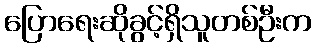
ပြောရေးဆိုခွင့်ရှိသူတစ်ဦးက